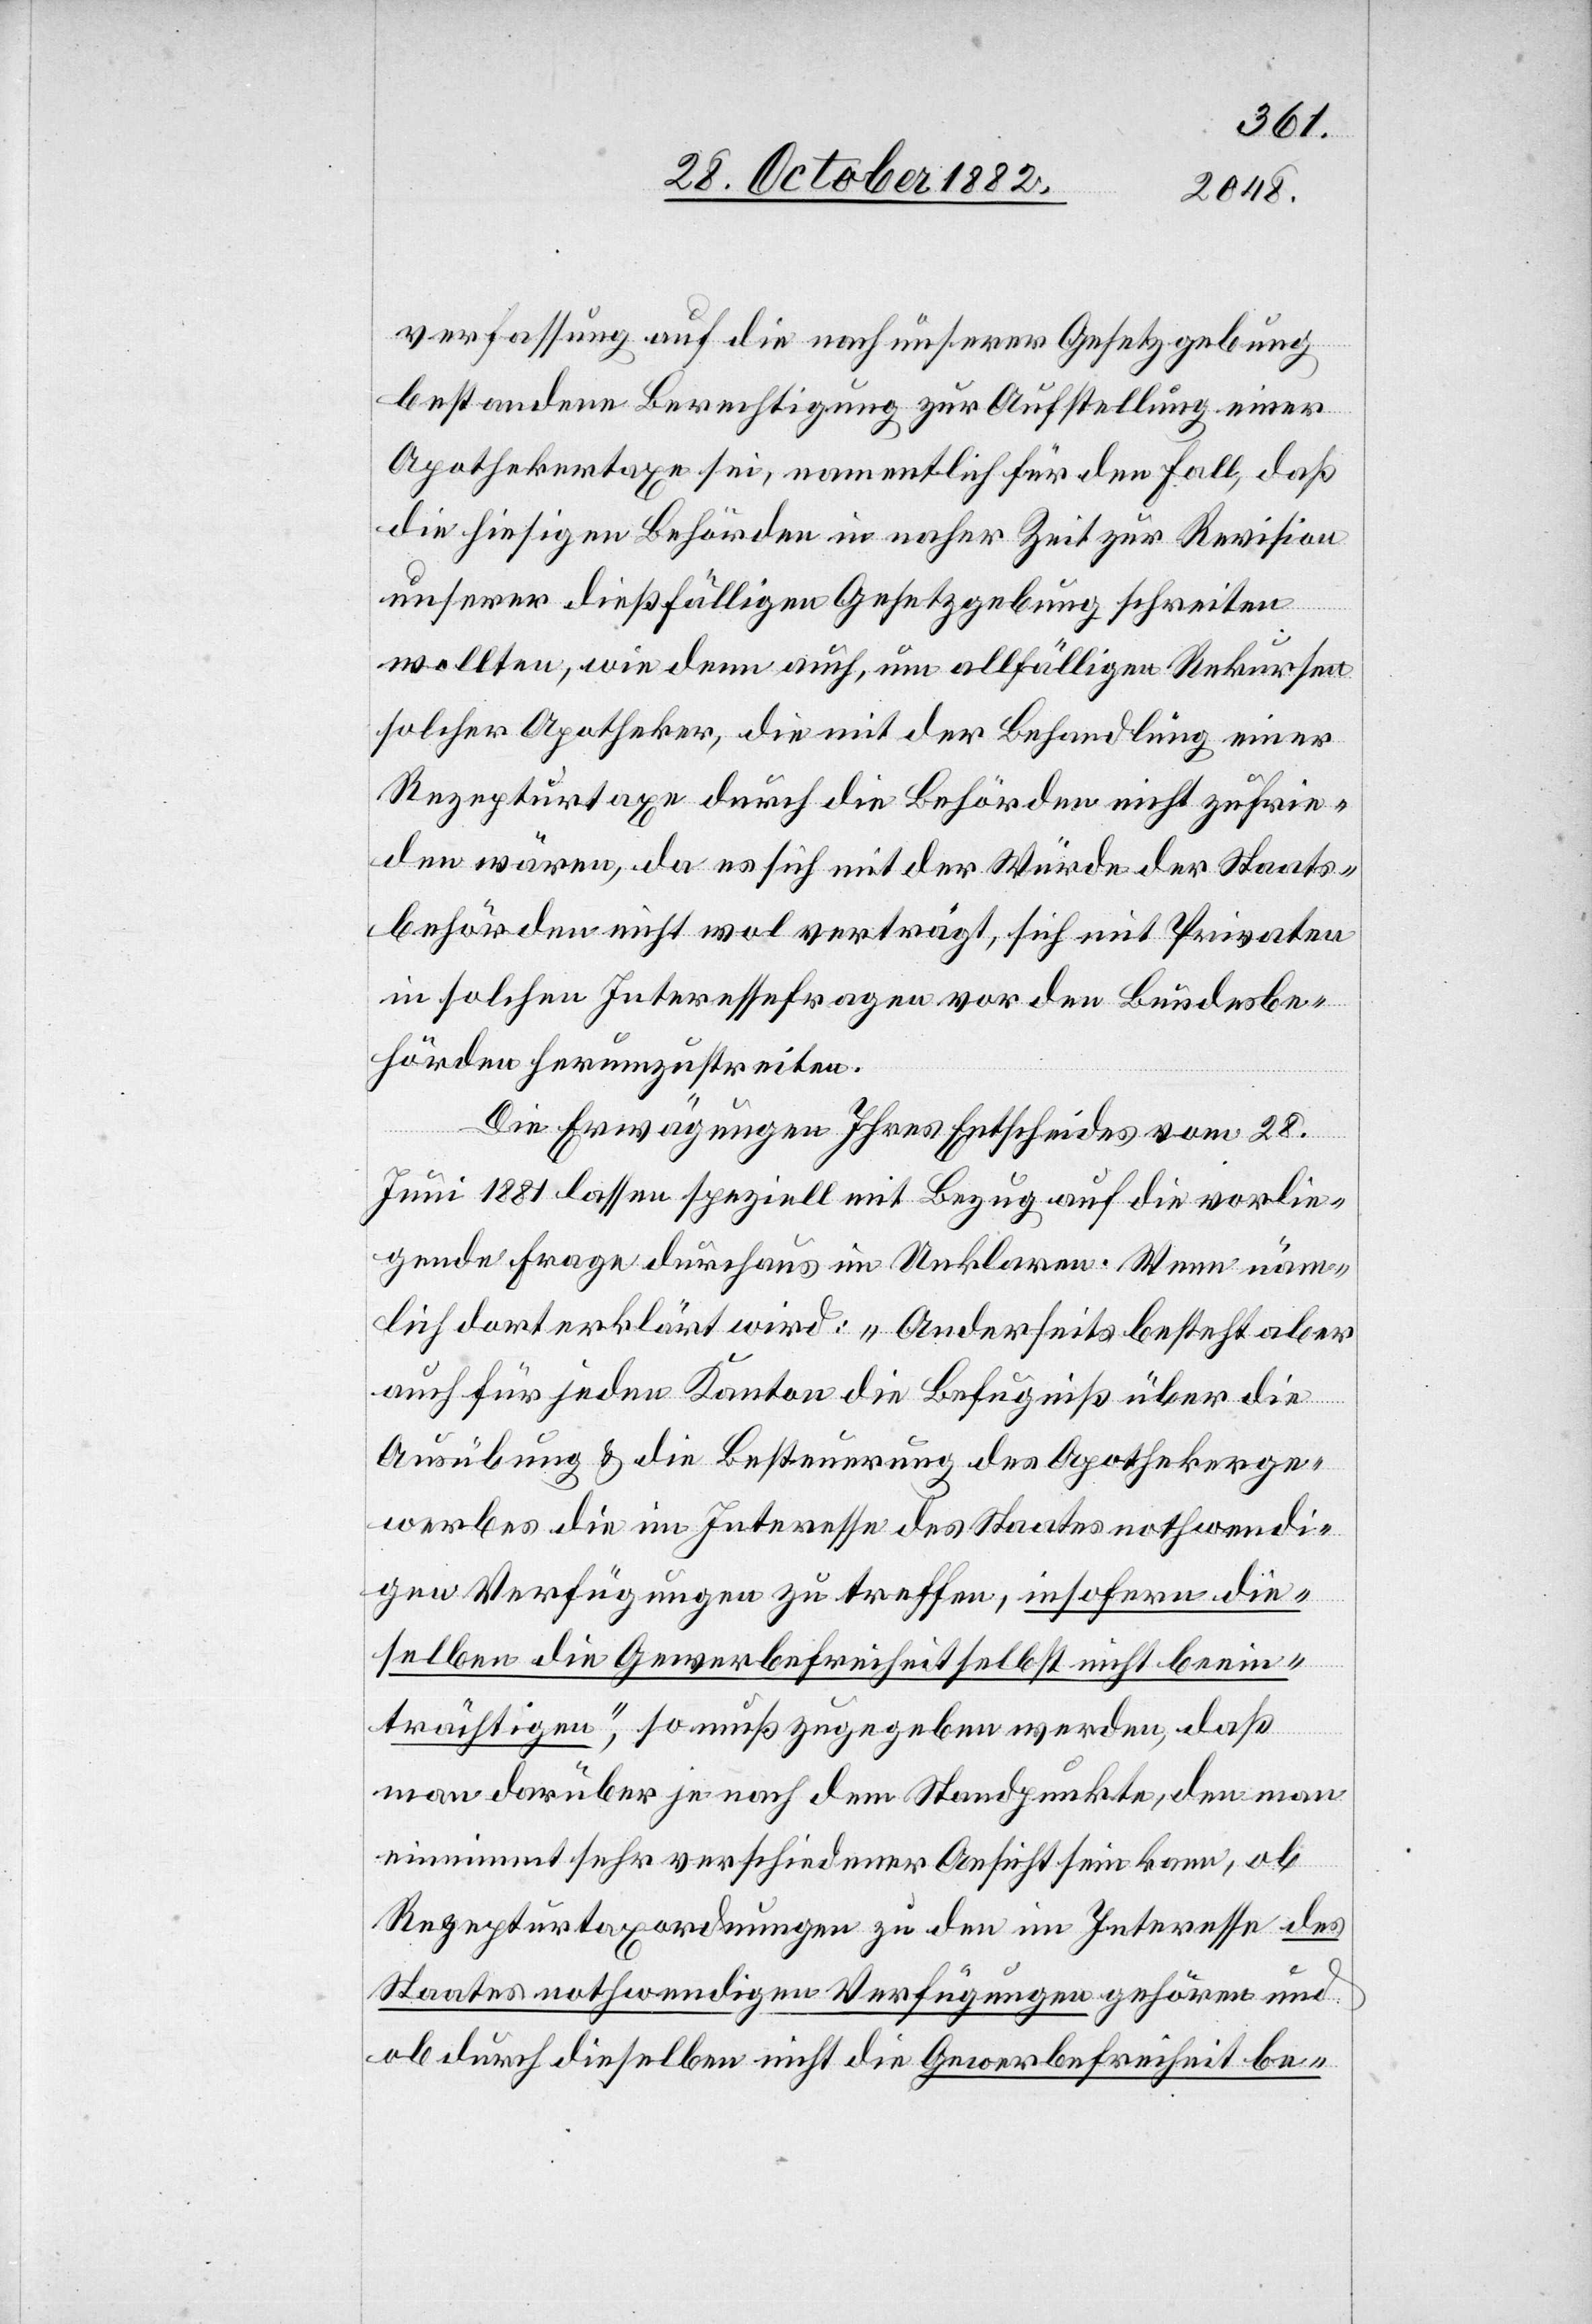
verfassung auf die nach unserer Gesetzgebung
bestandene Berechtigung zur Aufstellung einer
Apothekertaxe sei, namentlich für den Fall, daß
die hiesigen Behörden in naher Zeit zur Revision
unserer dießfälligen Gesetzgebung schreiten
wollten, wie denn auch, um allfälligen Rekursen
solcher Apotheker, die mit der Behandlung einer
Rezepturtaxe durch die Behörden nicht zufrie¬
den wären, da es sich mit der Würde der Staats¬
behörden nicht wol verträgt, sich mit Privaten
in solchen Interessefragen vor den Bundesbe¬
hörden herumzustreiten.
Die Erwägungen Ihres Entscheides vom 28.
Juni 1881 lassen speziell mit Bezug auf die vorlie¬
gende Frage durchaus im Unklaren. Wen näm¬
lich dort erklärt wird: „Anderseits besteht aber
auch für jeden Kanton die Befugniß über die
Ausübung & die Besteuerung des Apothekerge¬
werbes die im Interesse des Staates nothwendi¬
gen Verfügungen zu treffen, insofern die¬
selben die Gewerbefreiheit selbst nicht beein¬
trächtigen“, so muß zugegeben werden, daß
man drüber je nach dem Standpunkte, den man
einnimmt sehr verschiedener Ansicht sein kann, ob
Rezepturtaxordnungen zu den im Interesse des
Staates nothwendigen Verfügungen gehören und
ob durch dieselben nicht die Gewerbefreiheit be-